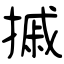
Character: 摵